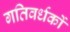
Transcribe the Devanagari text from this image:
गतिवर्धकों